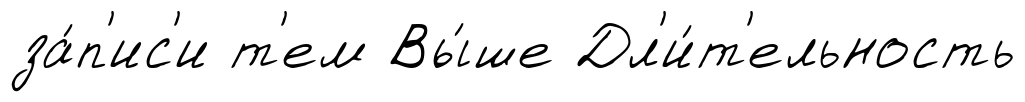
за́п'ис'и т'ем Вы́ше Дл'и́т'ельность